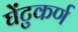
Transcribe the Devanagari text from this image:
घेंटुकर्ण